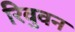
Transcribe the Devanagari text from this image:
रिवुवन